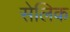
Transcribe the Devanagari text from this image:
सेलिक